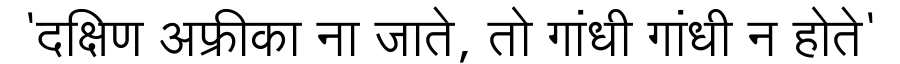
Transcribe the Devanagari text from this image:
'दक्षिण अफ्रीका ना जाते, तो गांधी गांधी न होते'